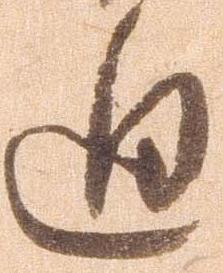
廻